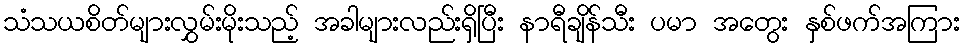
သံသယစိတ်များလွှမ်းမိုးသည့် အခါများလည်းရှိပြီး နာရီချိန်သီး ပမာ အတွေး နှစ်ဖက်အကြား